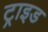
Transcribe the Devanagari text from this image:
ट्राइड